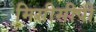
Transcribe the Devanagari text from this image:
मिसीसीपी